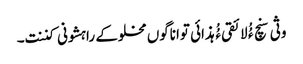
وثی سنچ ءُُ لائقی ءُُ ہذائی تواناگوں مخلوکے راہشونی کننت۔